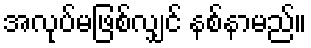
အလုပ်မဖြစ်လျှင် နစ်နာမည်။